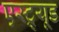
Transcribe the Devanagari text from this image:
एस्ट्र्यूड